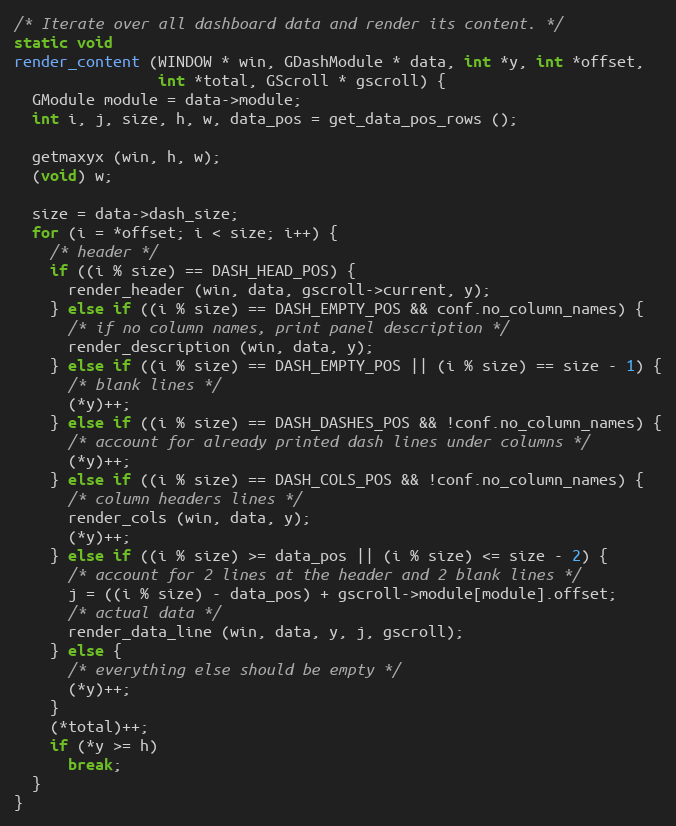
Language: C
/* Iterate over all dashboard data and render its content. */
static void
render_content (WINDOW * win, GDashModule * data, int *y, int *offset,
                int *total, GScroll * gscroll) {
  GModule module = data->module;
  int i, j, size, h, w, data_pos = get_data_pos_rows ();

  getmaxyx (win, h, w);
  (void) w;

  size = data->dash_size;
  for (i = *offset; i < size; i++) {
    /* header */
    if ((i % size) == DASH_HEAD_POS) {
      render_header (win, data, gscroll->current, y);
    } else if ((i % size) == DASH_EMPTY_POS && conf.no_column_names) {
      /* if no column names, print panel description */
      render_description (win, data, y);
    } else if ((i % size) == DASH_EMPTY_POS || (i % size) == size - 1) {
      /* blank lines */
      (*y)++;
    } else if ((i % size) == DASH_DASHES_POS && !conf.no_column_names) {
      /* account for already printed dash lines under columns */
      (*y)++;
    } else if ((i % size) == DASH_COLS_POS && !conf.no_column_names) {
      /* column headers lines */
      render_cols (win, data, y);
      (*y)++;
    } else if ((i % size) >= data_pos || (i % size) <= size - 2) {
      /* account for 2 lines at the header and 2 blank lines */
      j = ((i % size) - data_pos) + gscroll->module[module].offset;
      /* actual data */
      render_data_line (win, data, y, j, gscroll);
    } else {
      /* everything else should be empty */
      (*y)++;
    }
    (*total)++;
    if (*y >= h)
      break;
  }
}